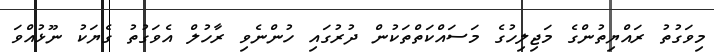
މިވަގުތު ރައްޔިތުންގެ މަޖިލިހުގެ މަސައްކަތްތަކުން ދުރުގައި ހުންނެވި ރާހުލް އެވަގުތު ގެޔަކު ނޫޅުއްވަ